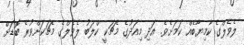
ލެވެލްގެ ކާމިޔާބެއް ކަމަށެވެ. އަދި މިއަދުގެ މެޗަކީ ކްލަބު ލެވެލްގެ މެޗަކަށްވުރެ ބޮޑަށް